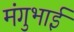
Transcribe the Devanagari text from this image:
मंगुभाई